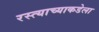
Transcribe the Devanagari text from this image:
रस्त्याच्याकडेला